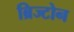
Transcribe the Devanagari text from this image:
ब्रिज्टोन